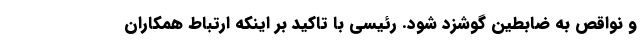
و نواقص به ضابطین گوشزد شود. رئیسی با تاکید بر اینکه‌ ارتباط همکاران